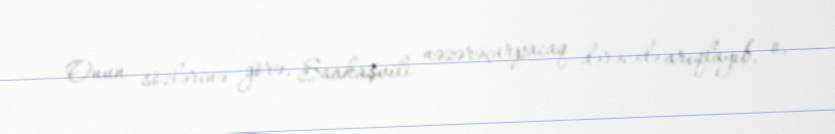
Onun sözlərinə görə, Saakaşvili nəzərəçarpacaq dərəcədə arıqlayıb, o,